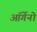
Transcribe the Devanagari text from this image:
ऑर्गेनो